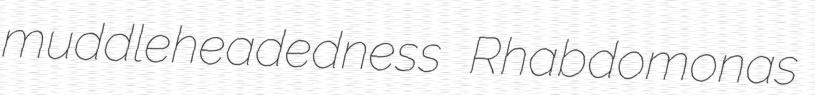
muddleheadedness Rhabdomonas